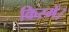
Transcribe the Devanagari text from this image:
किस्में।